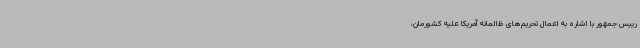
رییس جمهور با اشاره به اعمال تحریم‌های ظالمانه آمریکا علیه کشورمان،